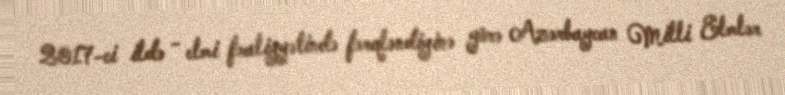
2017-ci ildə - elmi fəaliyyətində fərqləndiyinə görə Azərbaycan Milli Elmlər